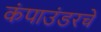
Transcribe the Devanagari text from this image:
कंपाउंडरचे